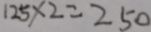
1 2 5 \times 2 = 2 5 0